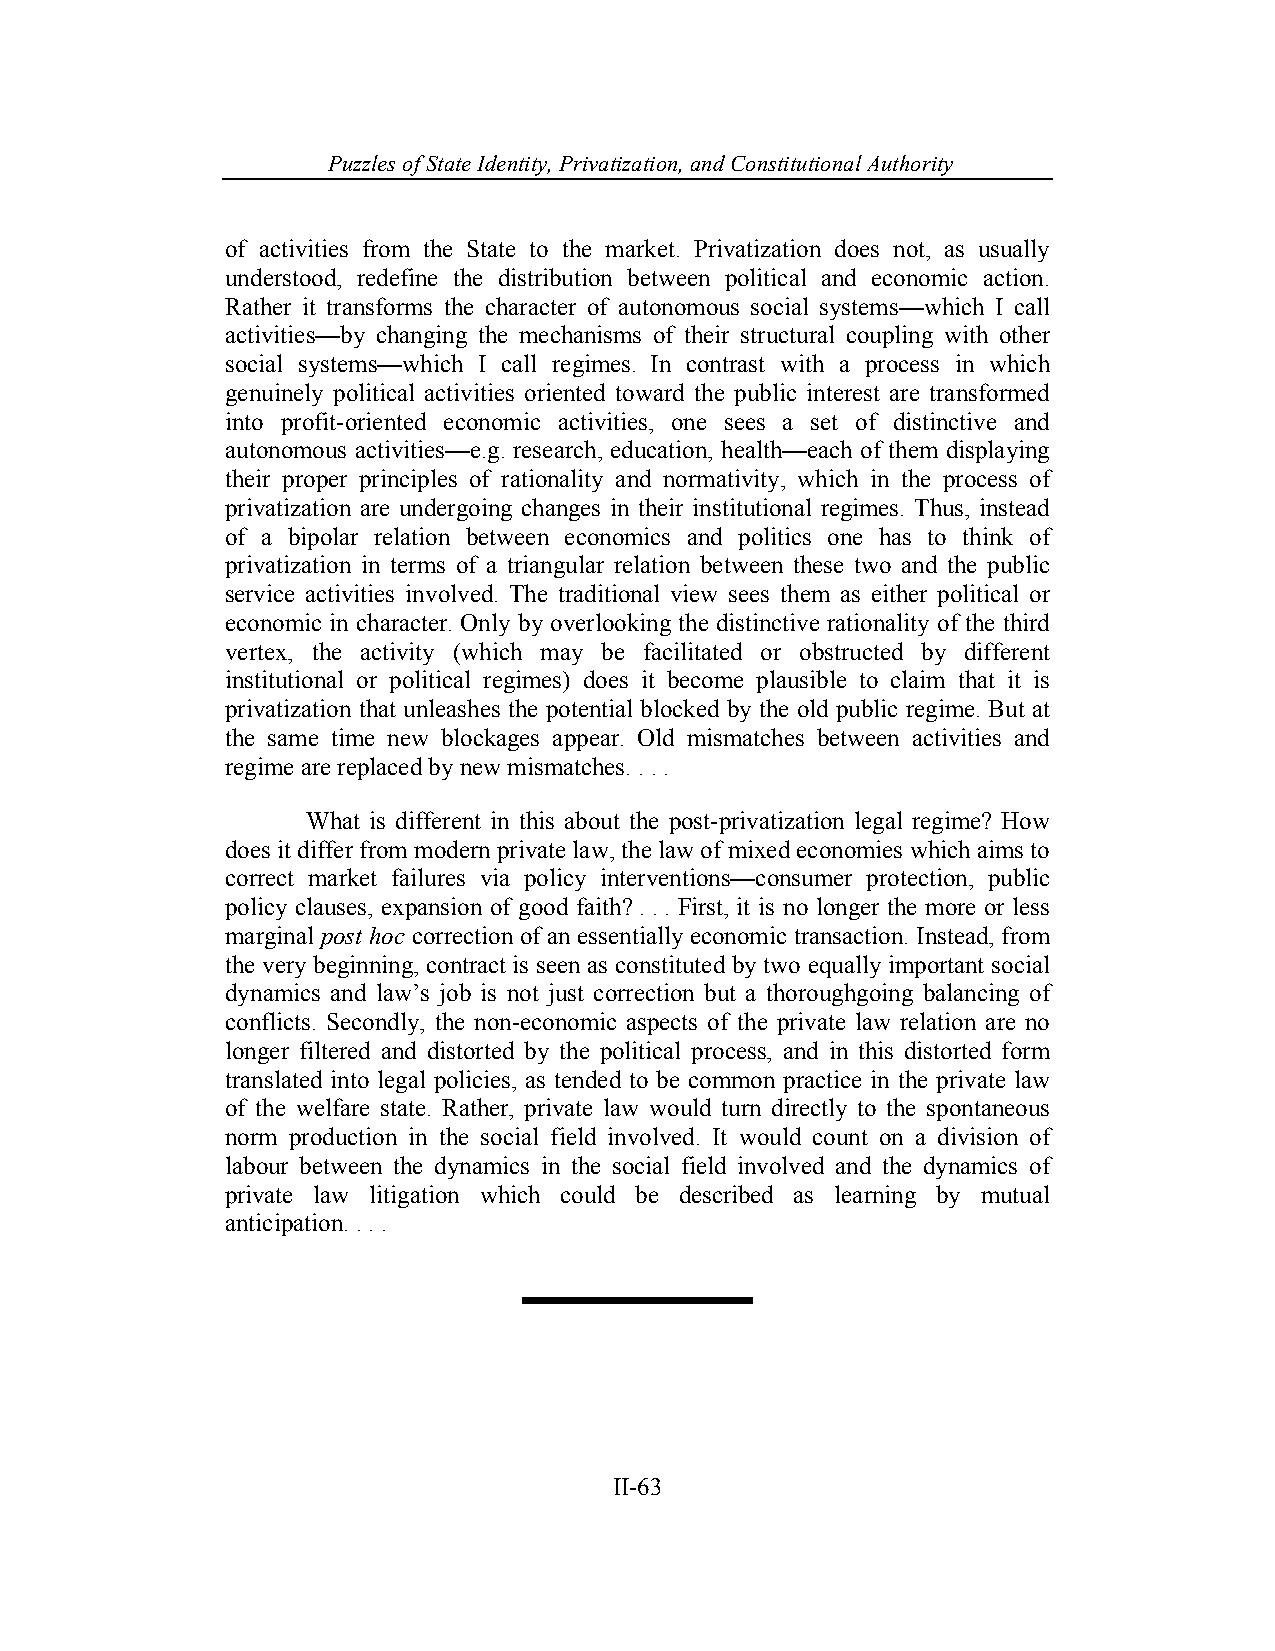
Puzzles of State Identity, Privatiz ation, and Constitutional Authority
 of activities from the State to the market. Privatization does not, as usually
 understood, redefine the distribution between political and economic action.
 Rather it transforms the character of autonomous social systems—which I call
 activities—by changing the mechanisms of their structural coupling with other
 social systems—which I call regimes. In contrast with a process in which
 genuinely political activities oriented toward the public interest are transformed
 into profit-oriented economic activities, one sees a set of distinctive and
 autonomous activities—e.g. research, education, health—each of them displaying
 their proper principles of rationality and normativity, which in the process of
 privatization are undergoing changes in their institutional regimes. Thus, instead
 of a bipolar relation between economics and politics one has to think of
 privatization in terms of a triangular relation between these two and the public
 service activities involved. The traditional view sees them as either political or
 economic in character. Only by overlooking the distinctive rationality of the third
 vertex, the activity (which may be facilitated or obstructed by different
 institutional or political regimes) does it become plausible to claim that it is
 privatization that unleashes the potential blocked by the old public regime. But at
 the same time new blockages appear. Old mismatches between activities and
 regime are replaced by new mismatches. . . .
 What is different in this about the post-privatization legal regime? How
 does it differ from modern private law, the law of mixed economies which aims to
 correct market failures via policy interventions—consumer protection, public
 policy clauses, expansion of good faith? . . . First, it is no longer the more or less
 marginal post hoc correction of an essentially economic transaction. Instead, from
 the very beginning, contract is seen as constituted by two equally important social
 dynamics and law’s job is not just correction but a thoroughgoing balancing of
 conflicts. Secondly, the non-economic aspects of the private law relation are no
 longer filtered and distorted by the political process, and in this distorted form
 translated into legal policies, as tended to be common practice in the private law
 of the welfare state. Rather, private law would turn directly to the spontaneous
 norm production in the social field involved. It would count on a division of
 labour between the dynamics in the social field involved and the dynamics of
 private law litigation which could be described as learning by mutual
 anticipation. . . .
 II-63